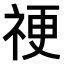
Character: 𥙴